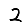
Digit: 2